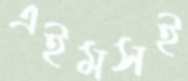
এইমসই